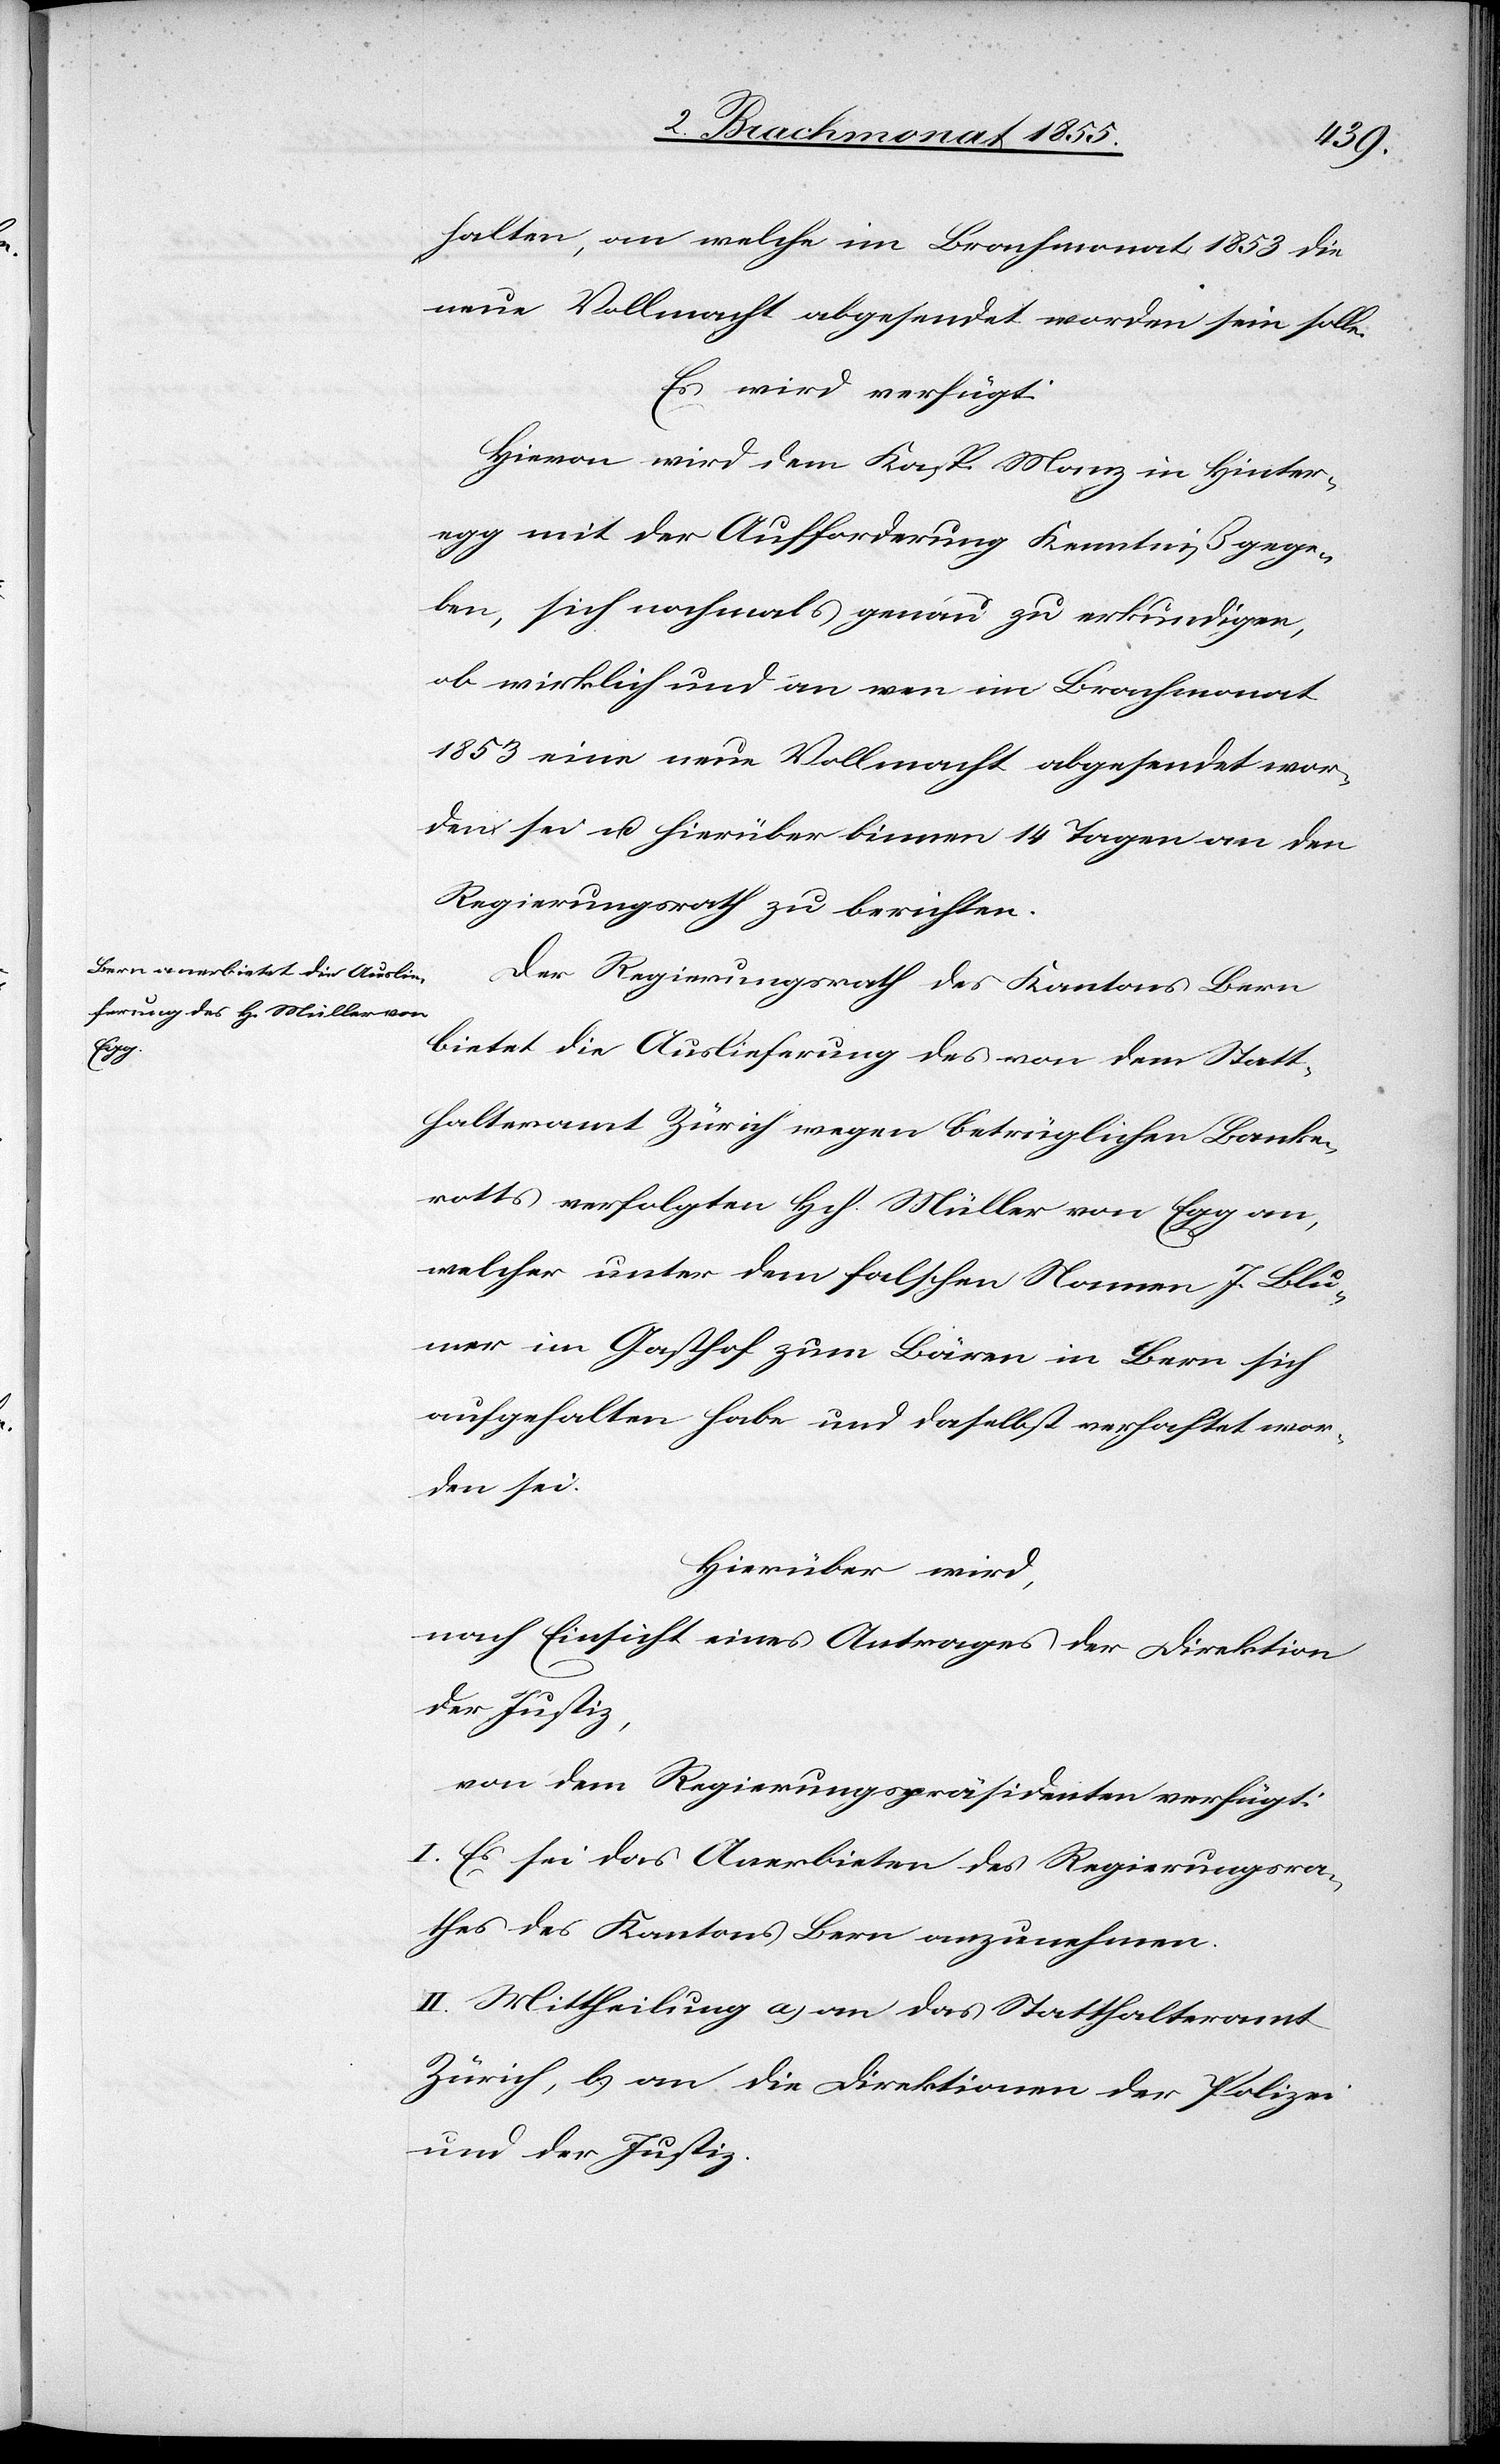
den

5. Brachmonat 1855.]
halten, an welche im Brachmonat 1853 die
neue Vollmacht abgesendet worden sein solle.
Es wird verfügt:
Hievon wird dem Kasp. Manz in Hinter¬
egg mit der Aufforderung Kenntniß gege¬
ben, sich nochmals genau zu erkundigen,
ob wirklich und an wen im Brachmonat
1853 eine neue Vollmacht abgesendet wor¬
den sei u. hierüber binnen 14 Tagen an den
Regierungsrath zu berichten.
Der Regierungsrath des Kantons Bern
bietet die Auslieferung des von dem Statt¬
halteramt Zürich wegen betrüglichen Banke¬
rotts verfolgten Hch. Müller von Egg an,
welcher unter dem falschen Namen J. Blu¬
mer im Gasthof zum Bären in Bern sich
aufgehalten habe und daselbst verhaftet wor¬
den sei.
Hierüber wird,
nach Einsicht eines Antrages der Direktion
der Justiz,
von dem Regierungspräsidenten verfügt:
I. Es sei das Anerbieten des Regierungsra¬
thes des Kantons Bern anzunehmen.
II. Mittheilung a) an das Statthalteramt
Zürich, b.) an die Direktionen der Polizei
und der Justiz.